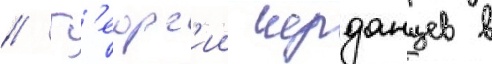
// Г'еорг'ии черданцев в